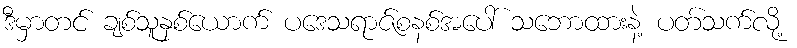
ဒီမှာတင် ချစ်သူနှစ်ယောက် ပဒေသရာဇ်စနစ်အပေါ် သဘောထားနဲ့ ပတ်သက်လို့